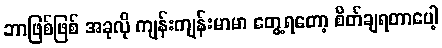
ဘာဖြစ်ဖြစ် အခုလို ကျန်းကျန်းမာမာ တွေ့ရတော့ စိတ်ချရတာပေါ့